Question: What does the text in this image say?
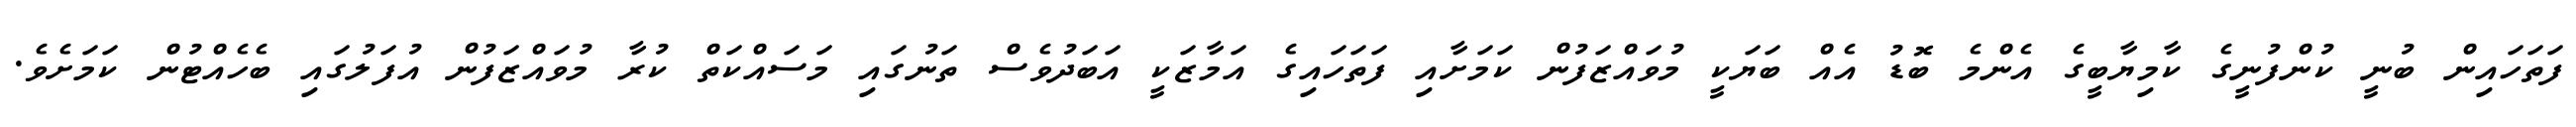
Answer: ފަތަހައިން ބުނީ ކުންފުނީގެ ކާމިޔާބީގެ އެންމެ ބޮޑު އެއް ބަޔަކީ މުވައްޒަފުން ކަމަށާއި ފަތަހައިގެ އަމާޒަކީ އަބަދުވެސް ތަނުގައި މަސައްކަތް ކުރާ މުވައްޒަފުން އުފަލުގައި ބެހެއްޓުން ކަމަށެވެ.